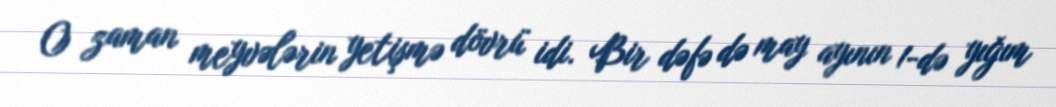
O zaman meyvələrin yetişmə dövrü idi. Bir dəfə də may ayının 1-də yığım